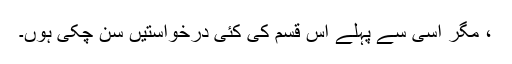
، مگر اسی سے پہلے اس قسم کی کئی درخواستیں سُن چکی ہوں۔